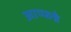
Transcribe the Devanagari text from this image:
आप्फन्रे